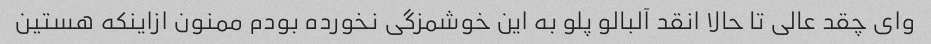
وای چقد عالی تا حالا انقد آلبالو پلو به این خوشمزگی نخورده بودم ممنون ازاینکه هستین